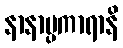
နာနာပ္ပကာရာနိ